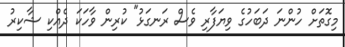
މިގޮތަށް ހުންނަ ދަބަހުގެ ވިޔަފާރި ވެސް ރަނގަޅު" ކުރިން ވާހަކަ ދެއްކި ޝާކިރު